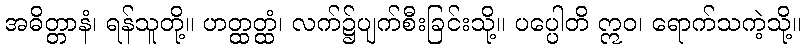
အဓိတ္တာနံ၊ ရန်သူတို့။ ဟတ္ထတ္ထံ၊ လက်၌ပျက်စီးခြင်းသို့။ ပပ္ပေါတိ ဣဝ၊ ရောက်သကဲ့သို့။